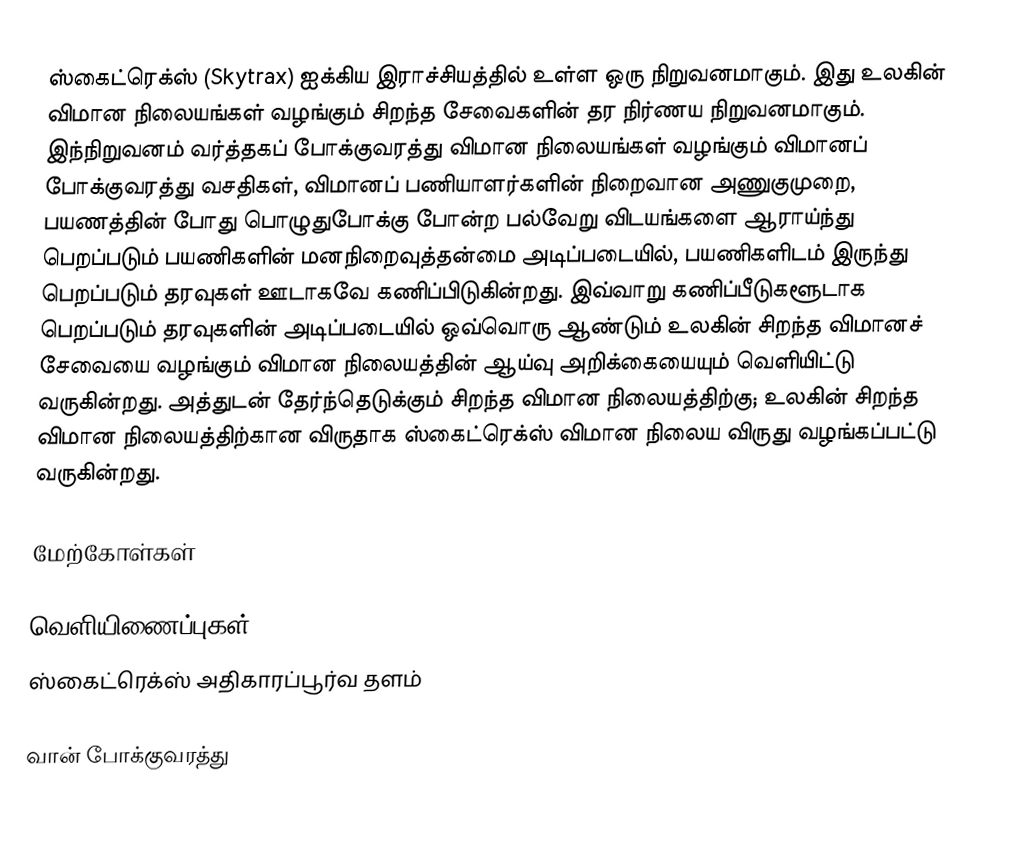
ஸ்கைட்ரெக்ஸ் (Skytrax) ஐக்கிய இராச்சியத்தில் உள்ள ஒரு நிறுவனமாகும். இது உலகின் விமான நிலையங்கள் வழங்கும் சிறந்த சேவைகளின் தர நிர்ணய நிறுவனமாகும். இந்நிறுவனம் வர்த்தகப் போக்குவரத்து விமான நிலையங்கள் வழங்கும் விமானப் போக்குவரத்து வசதிகள், விமானப் பணியாளர்களின் நிறைவான அணுகுமுறை, பயணத்தின் போது பொழுதுபோக்கு போன்ற பல்வேறு விடயங்களை ஆராய்ந்து பெறப்படும் பயணிகளின் மனநிறைவுத்தன்மை அடிப்படையில், பயணிகளிடம் இருந்து பெறப்படும் தரவுகள் ஊடாகவே கணிப்பிடுகின்றது. இவ்வாறு கணிப்பீடுகளூடாக பெறப்படும் தரவுகளின் அடிப்படையில் ஒவ்வொரு ஆண்டும் உலகின் சிறந்த விமானச் சேவையை வழங்கும் விமான நிலையத்தின் ஆய்வு அறிக்கையையும் வெளியிட்டு வருகின்றது. அத்துடன் தேர்ந்தெடுக்கும் சிறந்த விமான நிலையத்திற்கு; உலகின் சிறந்த விமான நிலையத்திற்கான விருதாக ஸ்கைட்ரெக்ஸ் விமான நிலைய விருது வழங்கப்பட்டு வருகின்றது.

மேற்கோள்கள்

வெளியிணைப்புகள்
  ஸ்கைட்ரெக்ஸ் அதிகாரப்பூர்வ தளம்

வான் போக்குவரத்து